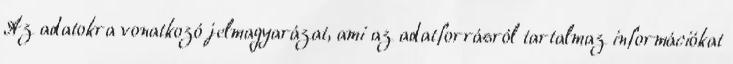
Az adatokra vonatkozó jelmagyarázat, ami az adatforrásról tartalmaz információkat